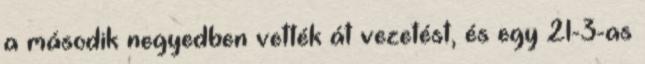
a második negyedben vették át vezetést, és egy 21-3-as